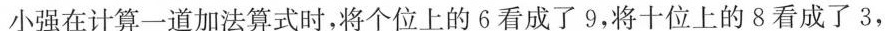
小强在计算一道加法算式时，将个位上的6看成了9，将十位上的8看成了3，